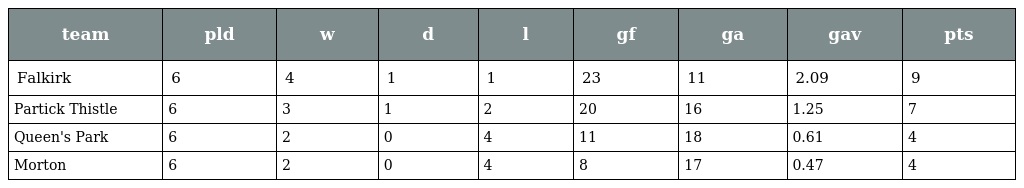
| team | pld | w | d | l | gf | ga | gav | pts |
 | --- | --- | --- | --- | --- | --- | --- | --- | --- |
 | Falkirk | 6 | 4 | 1 | 1 | 23 | 11 | 2.09 | 9 |
 | Partick Thistle | 6 | 3 | 1 | 2 | 20 | 16 | 1.25 | 7 |
 | Queen's Park | 6 | 2 | 0 | 4 | 11 | 18 | 0.61 | 4 |
 | Morton | 6 | 2 | 0 | 4 | 8 | 17 | 0.47 | 4 |